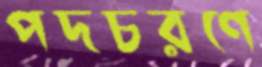
পদচরণে